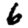
Digit: 6